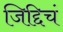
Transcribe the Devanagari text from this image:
जिद्दिचं